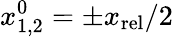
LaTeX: x_{1,2}^{0}=\pm x_{\mathrm{rel}}/2